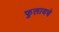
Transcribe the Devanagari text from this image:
फुलायचे